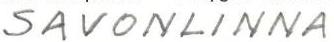
SAVONLINNA